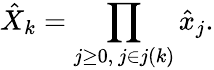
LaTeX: \hat{X}_{k}=\prod_{j\ge 0,\ j\in j(k)}\hat{x}_{j}.